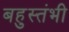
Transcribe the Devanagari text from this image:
बहुस्तंभी